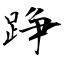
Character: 踭